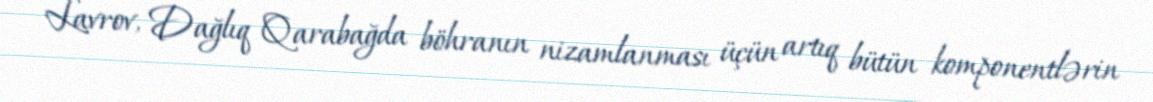
Lavrov, Dağlıq Qarabağda böhranın nizamlanması üçün artıq bütün komponentlərin